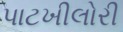
પાટખીલોરી